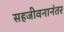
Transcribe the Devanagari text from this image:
सहजीवनानंतर